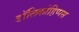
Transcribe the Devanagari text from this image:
डॉलिकोहिप्पस